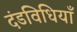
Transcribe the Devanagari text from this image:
दंडविधियाँ